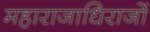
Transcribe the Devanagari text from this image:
महाराजाधिराजों